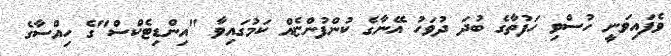
ވެފައިވަނީ ހުސްވި ހަފުތާގެ ބުދަ ދުވަހު އޭނާގެ ކުންފުންޏެއް ކަމުގައިވާ "އިންޑިޓެކްސް"ގެ ހިއްސާގެ